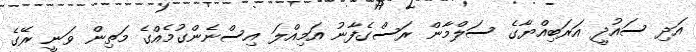
އަދި ސައުދީ އަރަބިއްޔާގެ ސަލްމާން ރަސްގެފާނު އަމިއްލަ އިސްނެންގުމެއްގެ މަތިން ވަނީ ރޭގެ